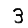
Digit: 3